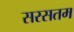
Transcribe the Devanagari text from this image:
सरसतम